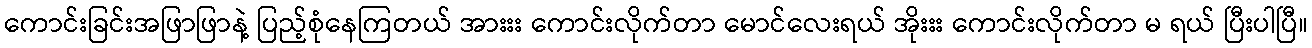
ကောင်းခြင်းအဖြာဖြာနဲ့ ပြည့်စုံနေကြတယ် အားးး ကောင်းလိုက်တာ မောင်လေးရယ် အိုးးး ကောင်းလိုက်တာ မ ရယ် ပြီးပါပြီ။